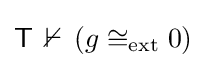
{\mathsf {T}}\,\nvdash \,(g\cong _{\mathrm {ext} }0)